Report on plague and inoculation in the Punjab from October 1st ... to September 30th..., being the ... season of plague in the province
Disease focus: Plague
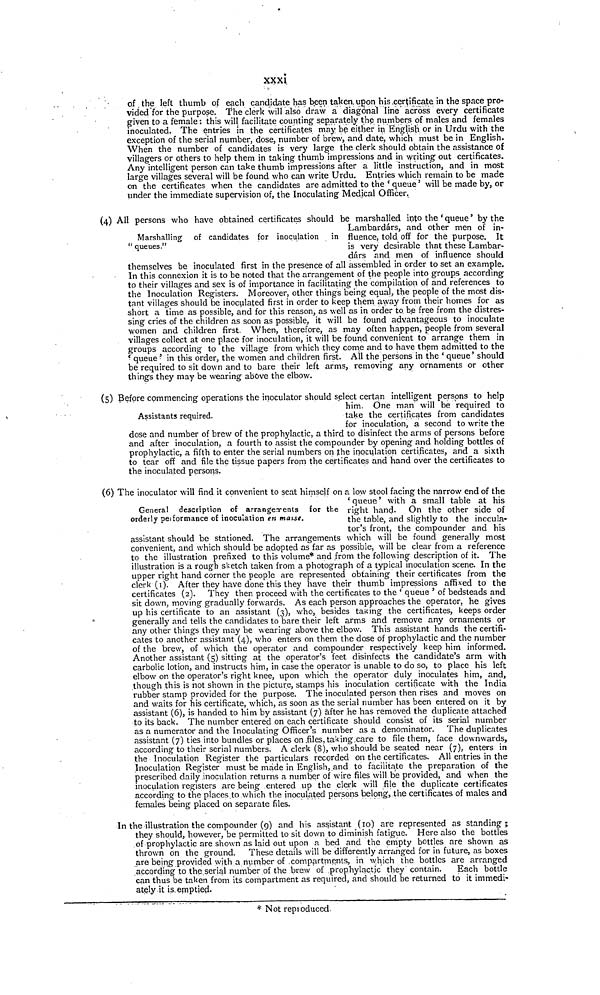
xxxi
of, the left thumb of each candidate has been taken, upon his .certificate in the space pro-
vided for the purpose. The clerk will also draw a diagonal line across every certificate
given to a female : this will facilitate counting separately the numbers of males and females
inoculated. The entries in the certificates may be either in English or in Urdu with the
exception of the serial number, dose, number of brew, and date, which must be in English.
When the number of candidates is very large the clerk should obtain the assistance of
villagers or others to help them in taking thumb impressions and in writing out certificates.
Any intelligent person can take thumb impressions after a little instruction, and in most
large villages several will be found who can write Urdu. Entries which remain to be made
on the certificates when the candidates are admitted to the ' queue' will be made by, or
under the immediate supervision of, the Inoculating Medical Officer.
Marshalling of candidates for inoculation in
" queues."
(4) All persons who have obtained certificates should be marshalled info the ' queue ' by the
Lambardárs, and other men of in-
fluence, told off for the purpose. It
is very desirable that these Lambar-
dárs and men of influence should
themselves be inoculated first in the presence of all assembled in order to set an example.
In this connexion it is to be noted that the arrangement of the people into groups according
to their villages and sex is of importance in facilitating the compilation of and references to
the Inoculation Registers. Moreover, other things being equal, the people of the most dis-
tant villages should be inoculated first in order to keep them away from their homes for as
short a time as possible, and for this reason, as well as in order to be free from the distres-
sing cries of the children as soon as possible, it will be found advantageous to inoculate
women and children first. When, therefore, as may often happen, people from several
villages collect at one place for inoculation, it will be found convenient to arrange them in
groups according to the village from which they come and to have them admitted to the
' queue ' in this order, the women and children first. AU the persons in the ' queue' should
be required to sit down and to bare their left arms, removing any ornaments or other
things they may be wearing above the elbow.
Assistants required.
(5) Before commencing operations the inoculator should select certan intelligent persons to help
him. One man will be required to
take the certificates from candidates
for inoculation, a second to write the
dose and number of brew of the prophylactic, a third to disinfect the arms of persons before
and after inoculation, a fourth to assist the compounder by opening and holding bottles of
prophylactic, a fifth to enter the serial numbers on ¡the inoculation certificates, and a sixth
to tear off and file the tissue papers from the certificates and hand over the certificates to
the inoculated persons.
General description of arrangements for the
orderly peiformance of inoculation en masse.
(6) The inoculator will find it convenient to seat himself on a low stool facing the narrow end of the
' queue ' with a small table at his
right hand. On the other side of
the table, and slightly to the inccula-
tor's front, the compounder and his
assistant should be stationed. The arrangements which will be found generally most
convenient, and which should be adopted as far as possible, will be clear from a reference
to the illustration prefixed to this volume* and from the following description of it. The
illustration is a rough sketch taken from a photograph of a typical inoculation scene. In the
upper right hand corner the people are represented obtaining their certificates from the
clerk (1). After they have done this they have their thumb impressions affixed to the
certificates (2). They then proceed with the certificates to the ' queue ' of bedsteads and
sit down, moving gradually forwards. As each person approaches the operator, he gives
up his certificate to an assistant (3), who, besides taking the certificates, keeps order
generally and tells the candidates to bare their left arms and remove any ornaments or
any other things they may be wearing above the elbow. This assistant hands the certifi-
cates to another assistant (4), who enters on them the dose of prophylactic and the number
of the brew, of which the operator and compounder respectively keep him informed.
Another assistant (5) sitting at the operator's feet disinfects the candidate's arm with
carbolic lotion, and instructs him, in case the operator is unable to do so, to place his left
elbow on the operator's right knee, upon which the operator duly inoculates him, and,
though this is not shown in the picture, stamps his inoculation certificate with the India
rubber stamp provided for the purpose. The inoculated person then rises and moves on
and waits for his certificate, which, as soon as the serial number has been entered on it by
assistant (6), is handed to him by assistant (7) after he has removed the duplicate attached
to its back. The number entered on each certificate should consist of its serial number
as a numerator and the Inoculating Officer's number as a denominator. The duplicates
assistant (7) ties into bundles or places on .files, taking .care to file them, face downwards,
according to their serial numbers. A clerk (8), who should be seated near (7), enters in
the Inoculation Register the particulars recorded on the certificates. All entries in the
Inoculation Register must be made in English, and to facilitate the preparation of the
prescribed daily inoculation returns a number of wire files will be provided, and when the
inoculation registers are being entered up the clerk will file the duplicate certificates
according to the places,to which the inoculated persons belong, the certificates of males and
females being placed on separate files.
In the illustration the compounder (9) and his assistant (10) are represented as standing;
they should, however, be permitted to sit down to diminish fatigue. Here also the bottles
of prophylactic are shown as laid out upon a bed and the empty bottles are shown as
thrown on the ground. These details will be differently arranged for in future, as boxes
are being provided with a number of compartments, in which the bottles are arranged
according to the serial number of the brew of prophylactic they contain.
Each bottle
can thus be taken from its compartment as required, and should be returned to it immedi-
ately it is. emptied-
* Not reproduced.